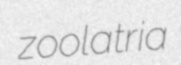
zoolatria